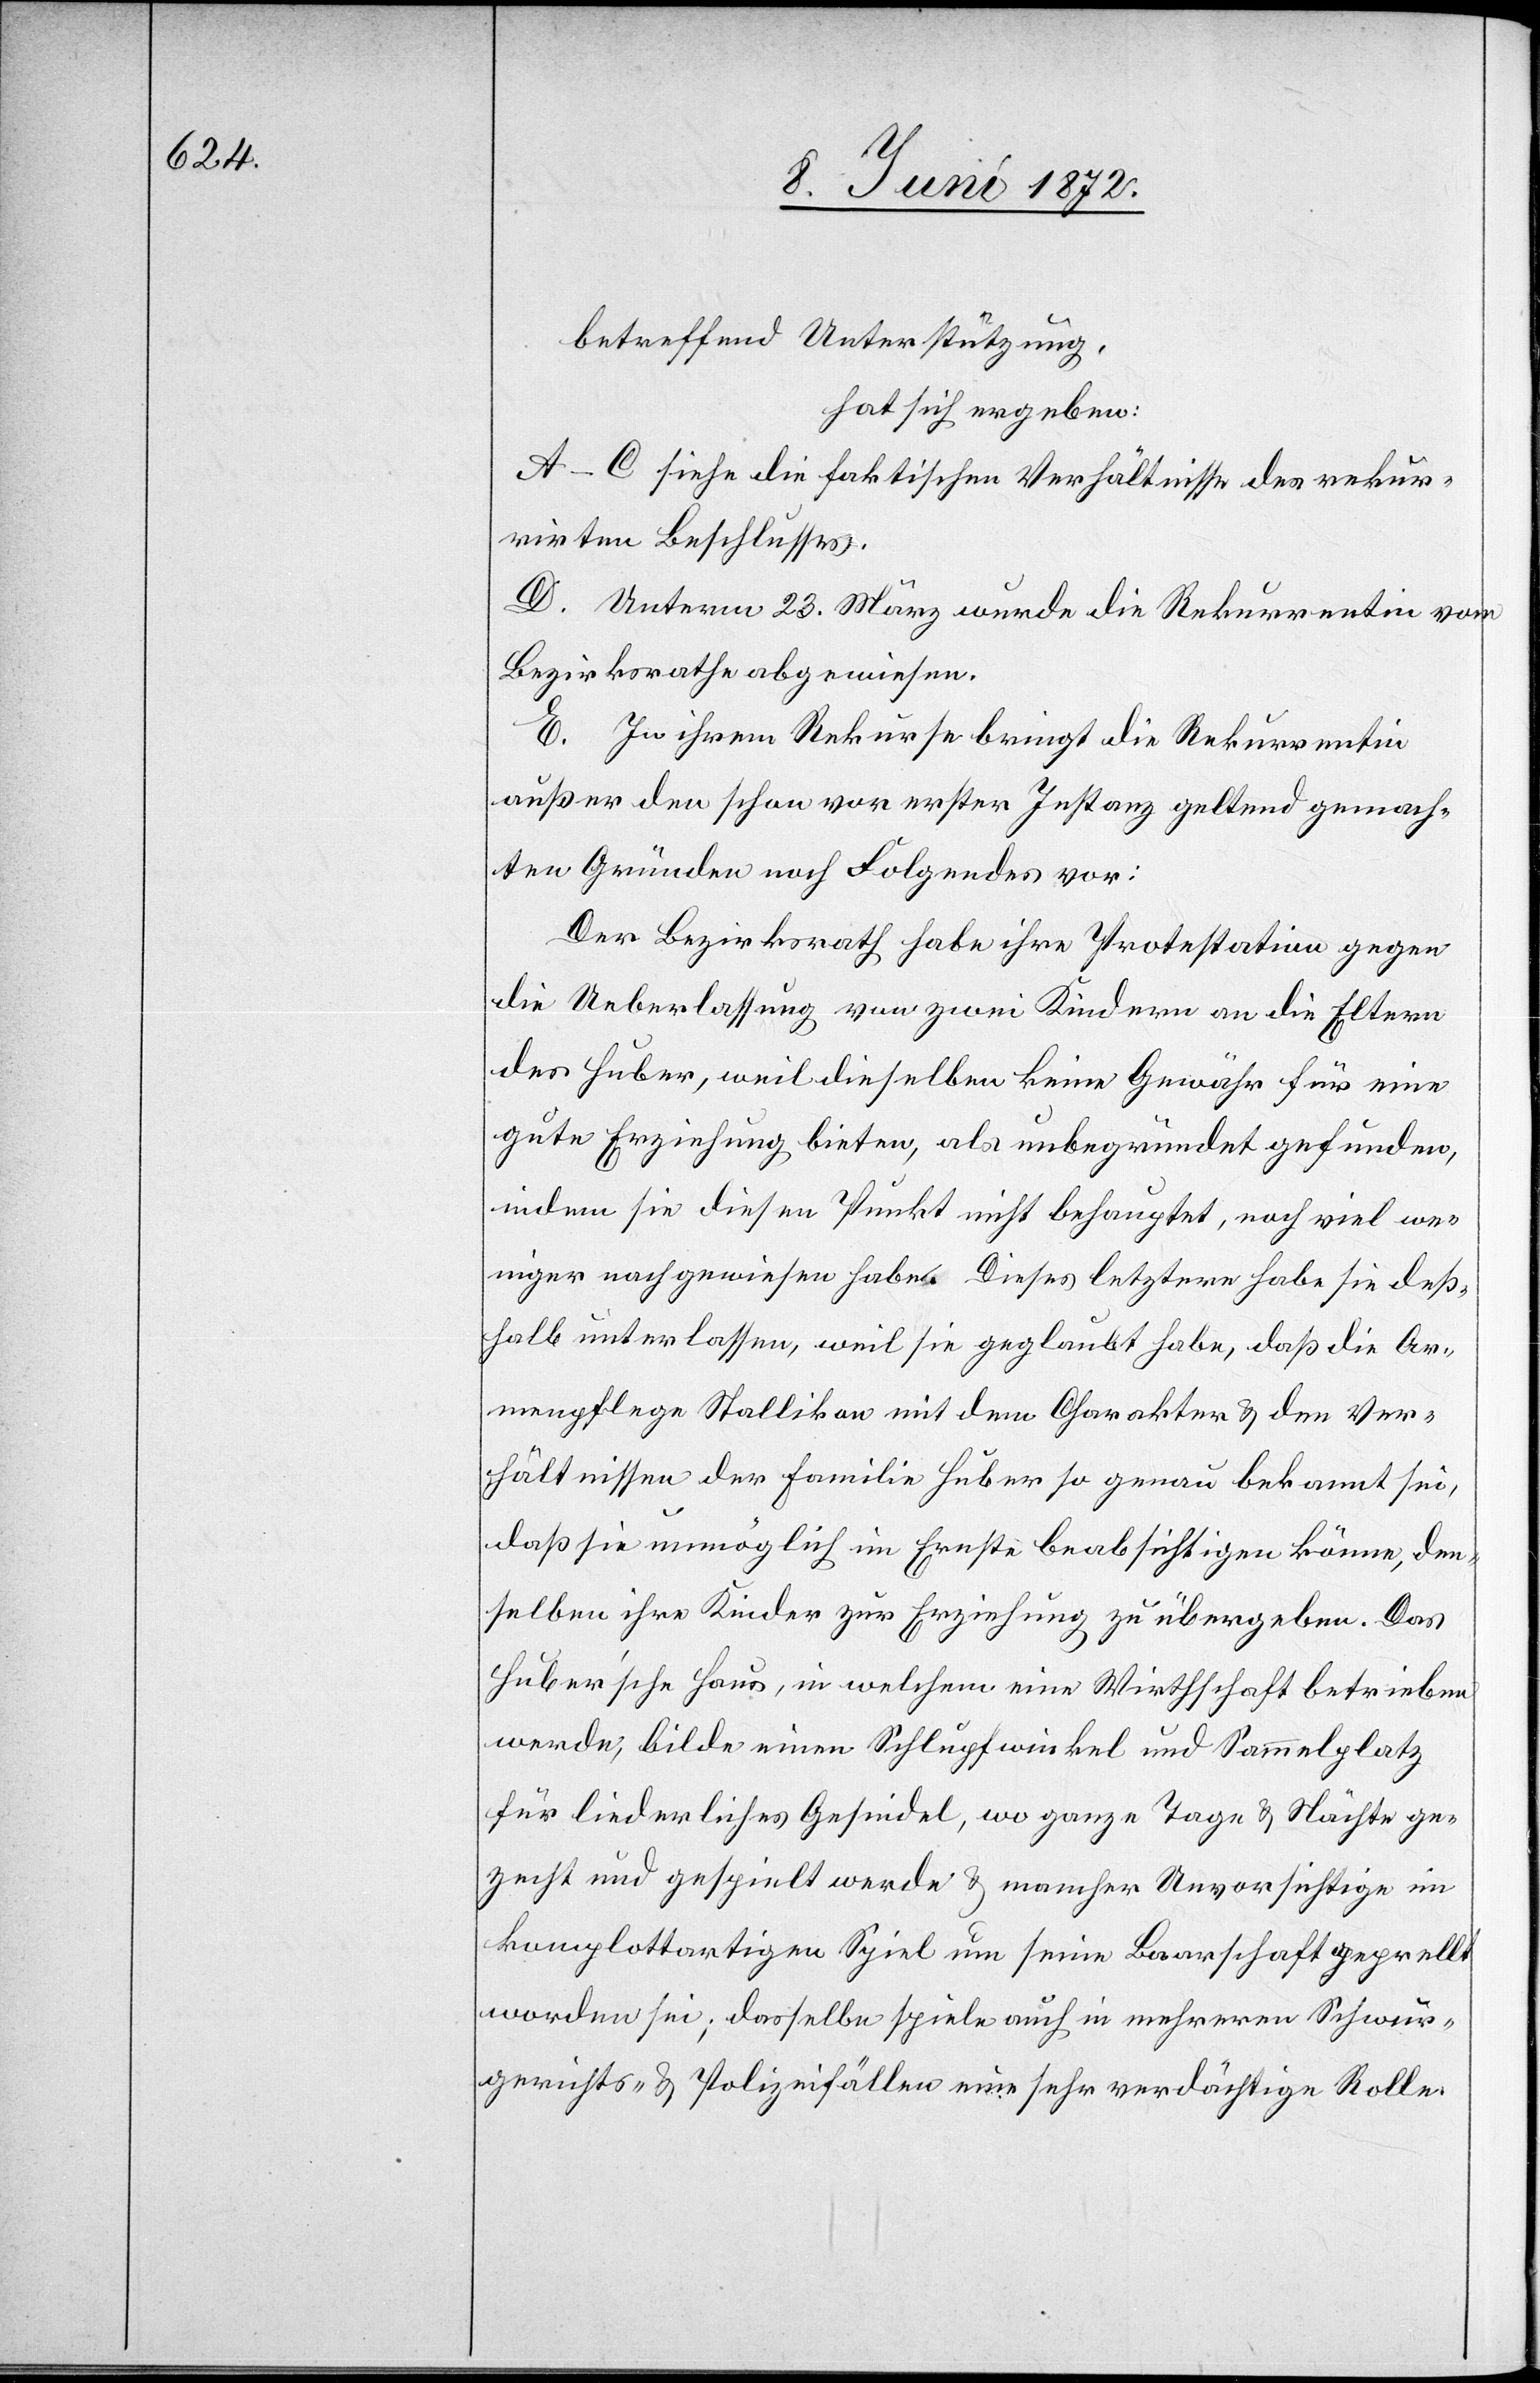
betreffend Unterstützung,
hat sich ergeben:
A–C siehe die faktischen Verhältnisse des rekur¬
rirten Beschlusses.
D. Unterm 23. März wurde die Rekurrentin vom
Bezirksrathe abgewiesen.
E. In ihrem Rekurse bringt die Rekurrentin
außer den schon vor erster Instanz geltend gemach¬
ten Gründen noch Folgendes vor:
Der Bezirksrath habe ihre Protestation gegen
die Ueberlassung von zwei Kindern an die Eltern
des Huber, weil dieselben keine Gewähr für eine
gute Erziehung bieten, als unbegründet gefunden,
indem sie diesen Punkt nicht behauptet, noch viel we¬
niger nachgewiesen habe. Dieses letztere habe sie deß¬
halb unterlassen, weil sie geglaubt habe, daß die Ar¬
menpflege Stallikon mit dem Charakter u. den Ver¬
hältnissen der Familie Huber so genau bekannt sei,
daß sie unmöglich im Ernste beabsichtigen könne, den¬
selben ihre Kinder zur Erziehung zu übergeben. Das
Huber’sche Haus, in welchem eine Wirthschaft betrieben
werde, bilde einen Schlupfwinkel und Sammelplatz
für liederliches Gesindel, wo ganze Tage u. Nächte ge¬
zecht und gespielt werde u. mancher Unvorsichtige im
komplottartigen Spiel um seine Baarschaft geprellt
worden sei; dasselbe spiele auch in mehreren Schwur¬
gerichts- u. Polizeifällen eine sehr verdächtige Rolle.